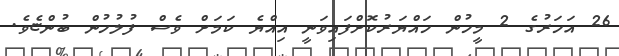
26 އަހަރުގެ 2 މީހުން ހައްޔަރުކޮށްފައިވަނީ އިއްޔެ ކަމަށް ވެސް ފުލުހުން ބުންޏެވެ.